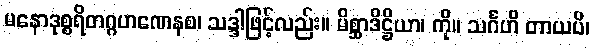
မနောဒုစ္စရိတဂ္ဂဟဏေနစ၊ သဒ္ဒါဖြင့်လည်း။ မိစ္ဆာဒိဋ္ဌိယာ၊ ကို။ သင်္ဂဟိ တာယပိ၊